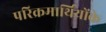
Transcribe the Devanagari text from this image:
परिक्रमार्थियोंके